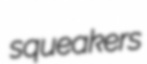
squeakers